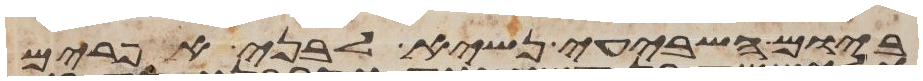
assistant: ביום השביעי נשיא לבני אפרים